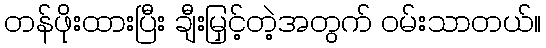
တန်ဖိုးထားပြီး ချီးမြှင့်တဲ့အတွက် ဝမ်းသာတယ်။